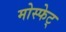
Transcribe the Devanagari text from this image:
मोस्फेट्